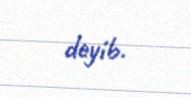
deyib.